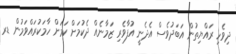
ދިވެހި ރައްޔިތުން އަބަދުވެސް އެދެނީ އުފާވެރި ޒަމާނެއް ދެކުމަށް ކަމަށް ހާމަކުރައްވަމުން ޑރ